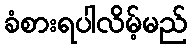
ခံစားရပါလိမ့်မည်